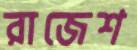
রাজেশ